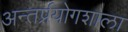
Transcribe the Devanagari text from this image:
अन्तर्प्रयोगशाला